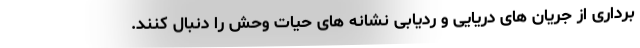
برداری از جریان های دریایی و ردیابی نشانه های حیات وحش را دنبال کنند.